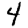
Digit: 4